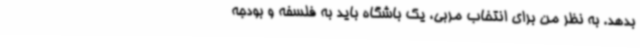
بدهد. به نظر من برای انتخاب مربی، یک باشگاه باید به فلسفه و بودجه